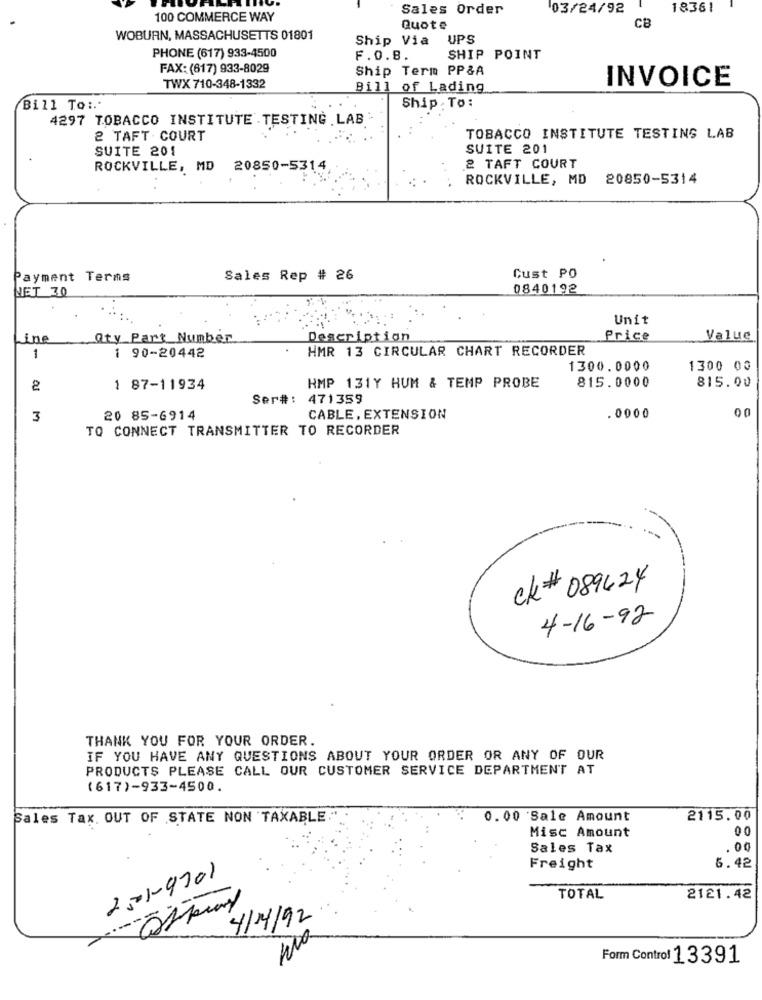
Sales Order
03/24/92
18361
100 COMMERCE WAY
Quote
CB
WOBURN, MASSACHUSETTS 01801
Ship Via
UPS
PHONE (617) 933-4500
F.0.8.
SHIP POINT
FAX: (617) 933-8029
Ship Term PP&A
INVOICE
TWX 710-348-1332
Bill of Lading
Bill To :..
Ship. To:
4297 TOBACCO INSTITUTE TESTING LAB
2 TAFT COURT
TOBACCO INSTITUTE TESTING LAB
SUITE 201
SUITE 201
ROCKVILLE, MD
20850-5314
2 TAFT COURT
ROCKVILLE, MD
20850-5314
Payment Terms
Sales Rep # 26
Cust PO
NET 30
0840192
Unit
ine
Qty Part Number
Description
Price
Value
HMR 13 CIRCULAR CHART RECORDER
1
1 90-20442
1300.0000
1300 00
815.0000
815.00
1 87-11934
HMP 131Y HUM & TEMP PROBE
Ser#: 471359
00
3
20 85-6914
CABLE, EXTENSION
.0000
TO CONNECT TRANSMITTER TO RECORDER
ck# 089424
4-16-92
THANK YOU FOR YOUR ORDER.
IF YOU HAVE ANY QUESTIONS ABOUT YOUR ORDER OR ANY OF OUR
PRODUCTS PLEASE CALL OUR CUSTOMER SERVICE DEPARTMENT AT
(617)-933-4500.
Sales Tax. OUT OF STATE NON TAXABLE
0. 00 'Sale Amount
2115.00
Misc Amount
00
Sales Tax
.00
251-9701
Freight
6.42
TOTAL
2121.42
4/4/92
nia
Form Control 13391